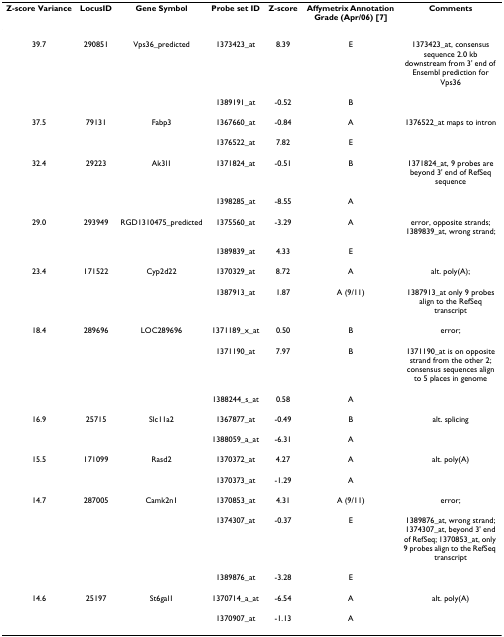
<table><thead><tr><td><b>Z-score Variance</b></td><td><b>LocusID</b></td><td><b>Gene Symbol</b></td><td><b>Probe set ID</b></td><td><b>Z-score</b></td><td><b>Affymetrix Annotation Grade (Apr/06) [7]</b></td><td><b>Comments</b></td></tr></thead><tbody><tr><td>39.7</td><td>290851</td><td>Vps36_predicted</td><td>1373423_at</td><td>8.39</td><td>E</td><td>1373423_at, consensus sequence 2.0 kb downstream from 3&#x27; end of Ensembl prediction for Vps36</td></tr><tr><td></td><td></td><td></td><td>1389191_at</td><td>-0.52</td><td>B</td><td></td></tr><tr><td>37.5</td><td>79131</td><td>Fabp3</td><td>1367660_at</td><td>-0.84</td><td>A</td><td>1376522_at maps to intron</td></tr><tr><td></td><td></td><td></td><td>1376522_at</td><td>7.82</td><td>E</td><td></td></tr><tr><td>32.4</td><td>29223</td><td>Ak3l1</td><td>1371824_at</td><td>-0.51</td><td>B</td><td>1371824_at, 9 probes are beyond 3&#x27; end of RefSeq sequence</td></tr><tr><td></td><td></td><td></td><td>1398285_at</td><td>-8.55</td><td>A</td><td></td></tr><tr><td>29.0</td><td>293949</td><td>RGD1310475_predicted</td><td>1375560_at</td><td>-3.29</td><td>A</td><td>error, opposite strands; 1389839_at, wrong strand;</td></tr><tr><td></td><td></td><td></td><td>1389839_at</td><td>4.33</td><td>E</td><td></td></tr><tr><td>23.4</td><td>171522</td><td>Cyp2d22</td><td>1370329_at</td><td>8.72</td><td>A</td><td>alt. poly(A);</td></tr><tr><td></td><td></td><td></td><td>1387913_at</td><td>1.87</td><td>A (9/11)</td><td>1387913_at only 9 probes align to the RefSeq transcript</td></tr><tr><td>18.4</td><td>289696</td><td>LOC289696</td><td>1371189_x_at</td><td>0.50</td><td>B</td><td>error;</td></tr><tr><td></td><td></td><td></td><td>1371190_at</td><td>7.97</td><td>B</td><td>1371190_at is on opposite strand from the other 2; consensus sequences align to 5 places in genome</td></tr><tr><td></td><td></td><td></td><td>1388244_s_at</td><td>0.58</td><td>A</td><td></td></tr><tr><td>16.9</td><td>25715</td><td>Slc11a2</td><td>1367877_at</td><td>-0.49</td><td>B</td><td>alt. splicing</td></tr><tr><td></td><td></td><td></td><td>1388059_a_at</td><td>-6.31</td><td>A</td><td></td></tr><tr><td>15.5</td><td>171099</td><td>Rasd2</td><td>1370372_at</td><td>4.27</td><td>A</td><td>alt. poly(A)</td></tr><tr><td></td><td></td><td></td><td>1370373_at</td><td>-1.29</td><td>A</td><td></td></tr><tr><td>14.7</td><td>287005</td><td>Camk2n1</td><td>1370853_at</td><td>4.31</td><td>A (9/11)</td><td>error;</td></tr><tr><td></td><td></td><td></td><td>1374307_at</td><td>-0.37</td><td>E</td><td>1389876_at, wrong strand; 1374307_at, beyond 3&#x27; end of RefSeq; 1370853_at, only 9 probes align to the RefSeq transcript</td></tr><tr><td></td><td></td><td></td><td>1389876_at</td><td>-3.28</td><td>E</td><td></td></tr><tr><td>14.6</td><td>25197</td><td>St6gal1</td><td>1370714_a_at</td><td>-6.54</td><td>A</td><td>alt. poly(A)</td></tr><tr><td></td><td></td><td></td><td>1370907_at</td><td>-1.13</td><td>A</td><td></td></tr></tbody></table>